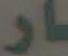
ـار